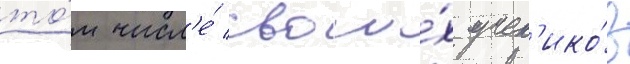
то́м числ'е́ свои́х учен'ико́в